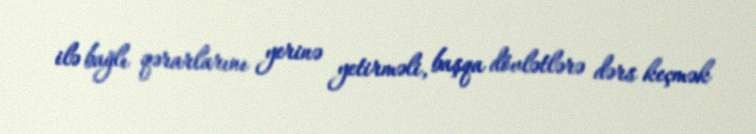
ilə bağlı qərarlarını yerinə yetirməli, başqa dövlətlərə dərs keçmək